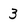
Character: 3